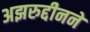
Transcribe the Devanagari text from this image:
अझरुद्दीनने